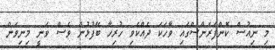
މި ނިއުސް ކޮންފަރެންސްގައި ވާހަކަ ދެއްކެވި ހުރިހާ ބޭފުޅުން ވެސް ވަނީ މިނިވަން